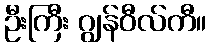
ဦးကြီး ဂျွန်ဝီလ်ကီ။